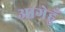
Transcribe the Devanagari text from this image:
आगेहुँ